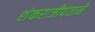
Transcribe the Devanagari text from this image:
शंकराजीपंताने